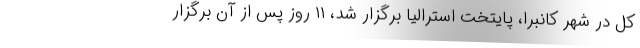
کل در شهر کانبرا، پایتخت استرالیا برگزار شد، ۱۱ روز پس از آن برگزار